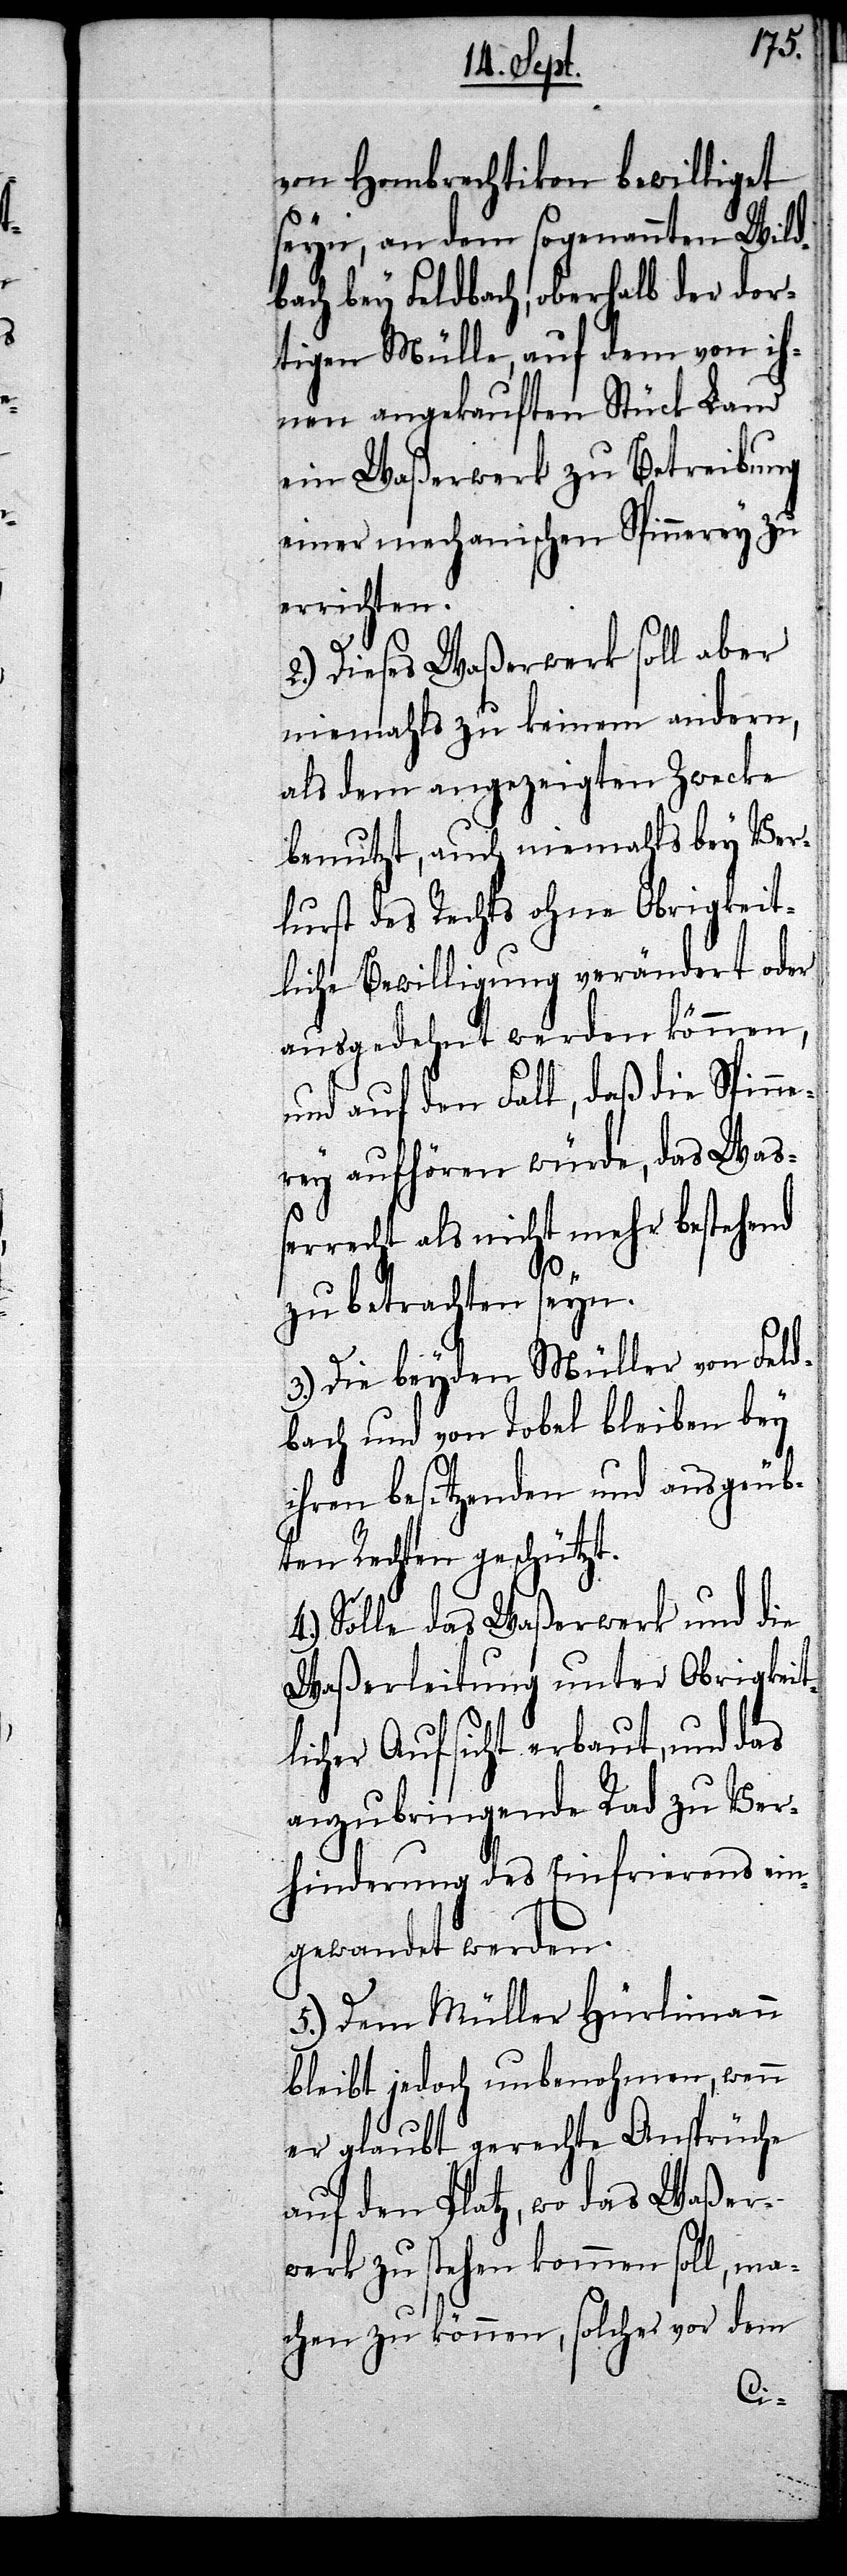
von Hombrechtikon bewilligt
seyn, an dem sogenannten Wild¬
bach bey Feldbach, oberhalb der dor¬
tigen Mülle, auf dem von ih¬
nen angekauften Stück Land
ein Waßerwerk zu Betreibung
einer mechanischen Spinnerey zu
errichten.
2.) Dieses Waßerwerk soll aber
niemahls zu keinem andern,
als dem angezeigten Zwecke
benutzt, auch niehmahls bey Ver¬
lurst des Rechts ohne Obrigkeit¬
liche Bewilligung verändert oder
ausgedehnt werden können,
und auf den Fall, daß die Spinne¬
rey aufhören würde, das Waß¬
errecht als nicht mehr bestehend
zu betrachten seyn.
3.) Die beyden Müller von Feld¬
bach und von Tobel bleiben bey
ihren besitzenden und ausgeüb¬
ten Rechten geschützt.
Solle das Waßerwerk und die
Waßerleitung unter Obrigkeit¬
licher Aufsicht erbaut, und das
anzubringende Rad zu Ver¬
hinderung des Einfrierens ein¬
gewandet werden.
5.) Dem Müller Hürlimann
bleibt jedoch unbenohmen, wenn
er glaubt gerechte Ansprüche
auf den Platz, wo das Waßer¬
werk zu stehen kommen soll, ma¬
chen zu können, solches vor dem